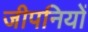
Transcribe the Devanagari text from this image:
जीपनियों